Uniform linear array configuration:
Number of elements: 64
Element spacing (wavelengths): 1
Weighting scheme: binomial
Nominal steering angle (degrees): -30
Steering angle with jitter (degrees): -30.173
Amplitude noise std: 0.05
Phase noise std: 0.05

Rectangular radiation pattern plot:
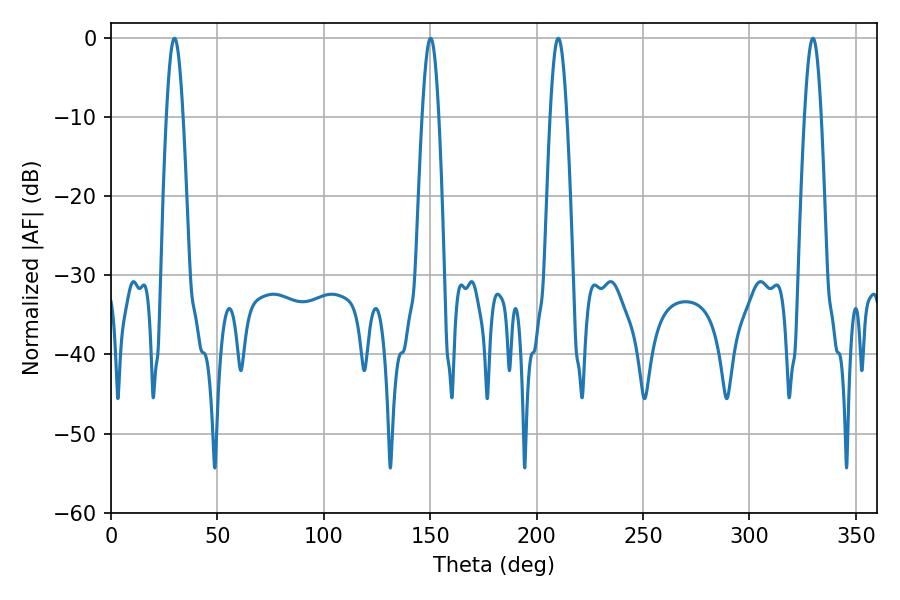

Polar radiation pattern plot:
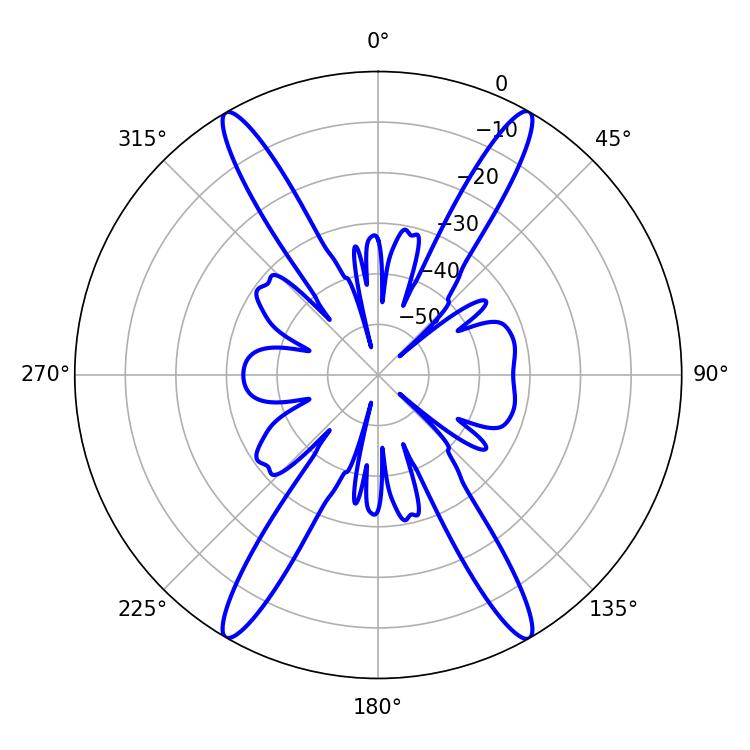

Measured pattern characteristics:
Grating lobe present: TRUE
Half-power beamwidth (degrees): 4.32
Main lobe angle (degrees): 29.88